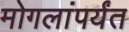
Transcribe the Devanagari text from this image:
मोगलांपर्यंत